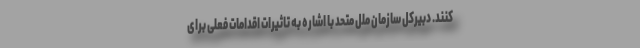
کنند. دبیرکل سازمان ملل متحد با اشاره به تاثیرات اقدامات فعلی برای